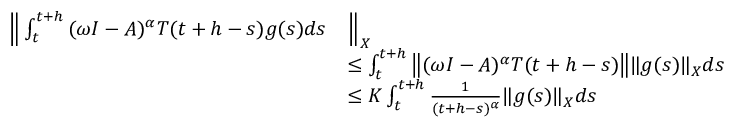
\begin{array} { r l } { \Big \| \int _ { t } ^ { t + h } { ( \omega I - A ) ^ { \alpha } T ( t + h - s ) g ( s ) d s } } & { \Big \| _ { X } } \\ & { \leq \int _ { t } ^ { t + h } \big \| ( \omega I - A ) ^ { \alpha } T ( t + h - s ) \big \| \| g ( s ) \| _ { X } d s } \\ & { \leq K \int _ { t } ^ { t + h } \frac { 1 } { ( t + h - s ) ^ { \alpha } } \| g ( s ) \| _ { X } d s } \end{array}